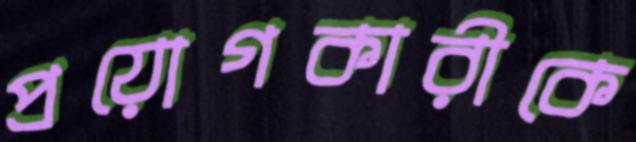
প্রয়োগকারীকে